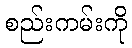
စည်းကမ်းကို